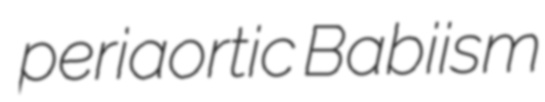
periaortic Babiism